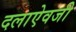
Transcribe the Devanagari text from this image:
दलाऐवजी